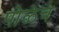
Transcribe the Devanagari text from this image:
पोळेच